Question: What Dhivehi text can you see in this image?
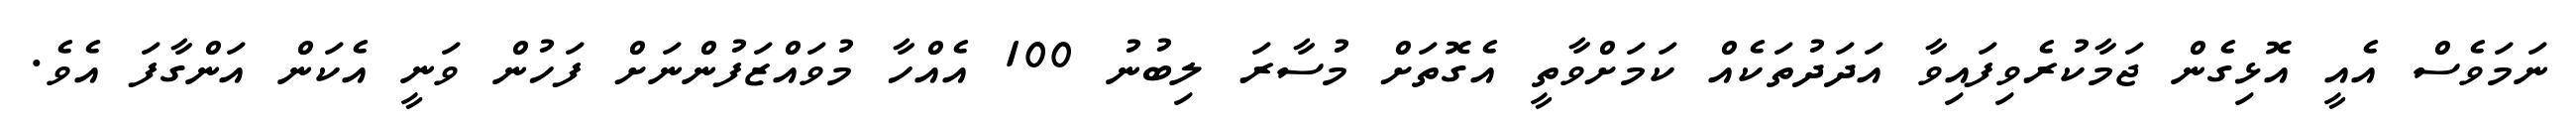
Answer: ނަމަވެސް އެއީ އޮޅިގެން ޖަމާކުރެވިފައިވާ އަދަދުތަކެއް ކަމަށްވާތީ އެގޮތަށް މުސާރަ ލިބުނު 100 އެއްހާ މުވައްޒަފުންނަށް ފަހުން ވަނީ އެކަން އަންގާފަ އެވެ.